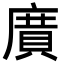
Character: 𭙯